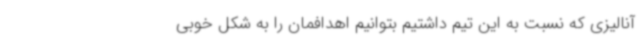
آنالیزی که نسبت به این تیم داشتیم بتوانیم اهدافمان را به شکل خوبی